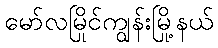
မော်လမြိုင်ကျွန်းမြို့နယ်